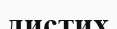
дистих